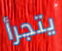
يتجرأ